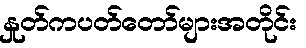
နှုတ်ကပတ်တော်များအတိုင်း